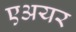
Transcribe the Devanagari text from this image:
एअयर